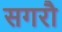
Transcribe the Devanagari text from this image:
सगरौ